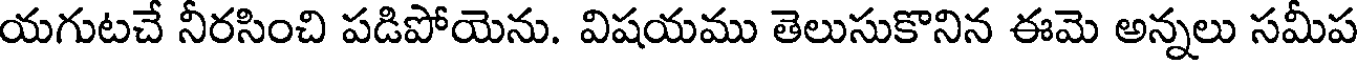
యగుటచే నీరసించి పడిపోయెను. విషయము తెలుసుకొనిన ఈమె అన్నలు సమీప